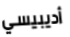
أديبيسي